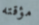
مؤقته